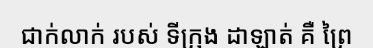
ជាក់លាក់ របស់ ទីក្រុង ដាឡាត់ គឺ ព្រៃ